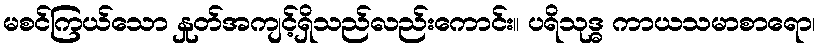
မစင်ကြယ်သော နှုတ်အကျင့်ရှိသည်လည်းကောင်း။ ပရိသုဒ္ဓ ကာယသမာစာရော၊